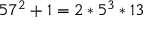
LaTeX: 5 7 ^ { 2 } + 1 = 2 * 5 ^ { 3 } * 1 3